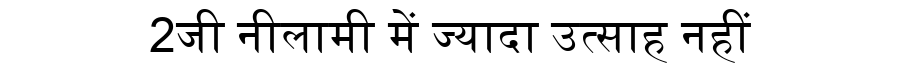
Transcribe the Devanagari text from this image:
2जी नीलामी में ज्यादा उत्साह नहीं